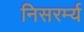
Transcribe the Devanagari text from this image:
निसरर्म्य